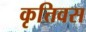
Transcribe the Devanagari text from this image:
कृत्तिवस